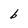
Character: b